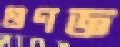
গুণজ্ঞ